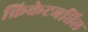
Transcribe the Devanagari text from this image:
क्रिकेटमधिल